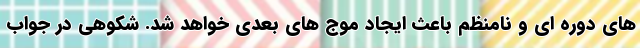
های دوره ای و نامنظم باعث ایجاد موج های بعدی خواهد شد. شکوهی در جواب